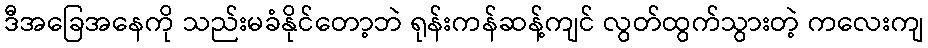
ဒီအခြေအနေကို သည်းမခံနိုင်တော့ဘဲ ရုန်းကန်ဆန့်ကျင် လွတ်ထွက်သွားတဲ့ ကလေးကျ